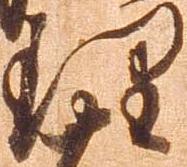
理